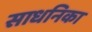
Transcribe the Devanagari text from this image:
साधनिका